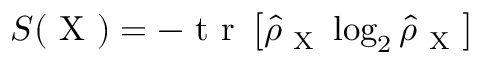
S ( \mathrm { ~ X ~ } ) = - \mathrm { ~ t ~ r ~ } \left[ \hat { \rho } _ { \mathrm { ~ X ~ } } \log _ { 2 } \hat { \rho } _ { \mathrm { ~ X ~ } } \right]